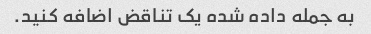
به جمله داده شده یک تناقض اضافه کنید.